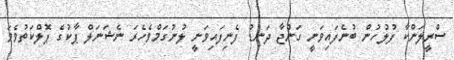
ސްރީލަންކާ ފުލުހުން ބުނެފައިވަނީ ގަންޖާ ދަނޑު ފެނިފައިވަނީ ލުނުގަމްވެހެރަ ނެޝަނަލް ޕާކުގެ ޕޮލްކަތުވެވަ